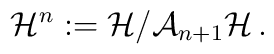
{\cal H}^{n} : = {\cal H} / {\cal A}_{n+1} {\cal H} \,.